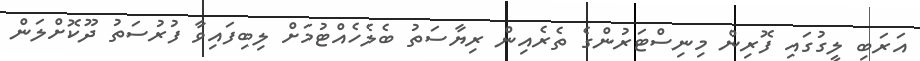
އަރަބި ލީގުގައި ފޮރިން މިނިސްޓަރުންގެ ތެރެއިން ރިޔާސަތު ބެލެހެއްޓުމަށް ލިބިފައިވާ ފުރުސަތު ދޫކޮށްލަން